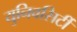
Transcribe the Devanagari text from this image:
युनिवसिर्टी